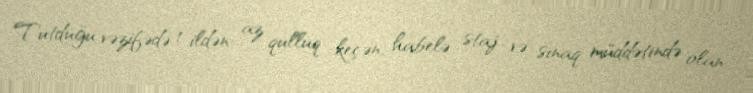
Tutduğu vəzifədə 1 ildən az qulluq keçən, habelə staj və sınaq müddətində olan